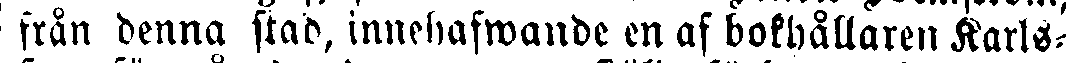
i från denna stad, innehafwande en af bokhållaren Karls-